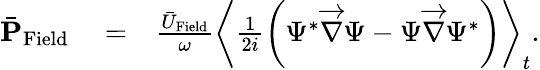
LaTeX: \begin{array}{rlr}{\bar{\mathbf P}_{\mathrm{Field}}}&{{}=}&{\frac{\bar{U}_{\mathrm{Field}}}{\omega}\left\langle\frac{1}{2i}\left(\Psi^{*}\overrightarrow{\nabla}\Psi-\Psi\overrightarrow{\nabla}\Psi^{*}\right)\right\rangle_{t}.}\end{array}